Civil Veterinary Department Bihar & Orissa reports 1922-29 - 1922-1929
Year: 1922
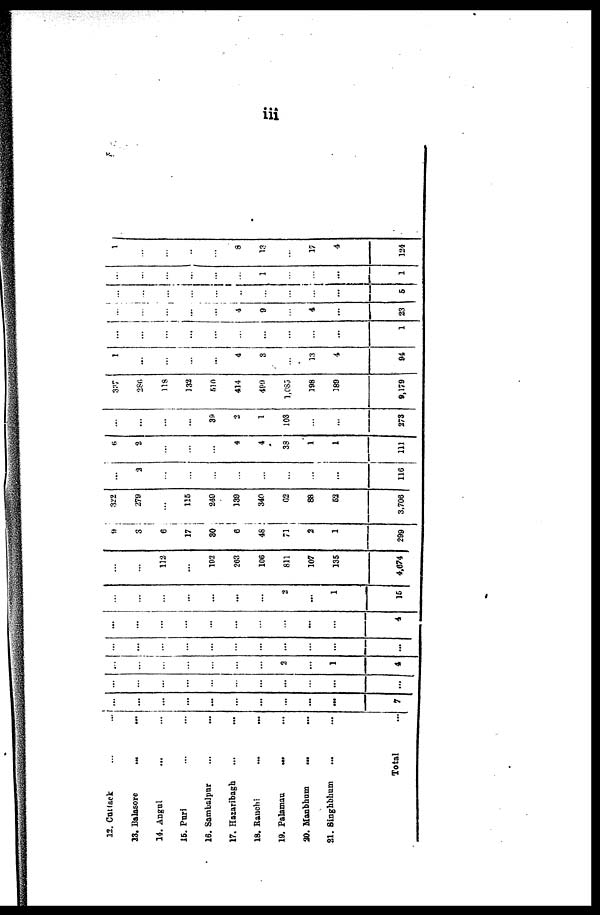
12. Cuttack
23,
Balasore
...
14. Angul
15. Puri
16. Sambalpur
17. Hazaribagh
18. Ranchi
19. Palamau
...
30. Manbhum
...
21. Singhbhum
Total
...
...
7
...
2
1
4
...
...
...
...
...
...
...
...
...
...
...
...
...
4
...
...
2
...
1
15
112
...
102
263
106
811
107
135
4,674
9
3
6
17
30
6
48
"1
2
1
299
322
279
115
249
139
340
G2
88
52
3.706
...
2
116
6
2
4
4
38
1
1
111
39
2
1
103
...
...
273
337
286
118
132
510
414
490
l,685
198
189
9,179
1
...
...
4
3
13
4
94
...
1
4
9
4
23
..
6
1
1
1
...
..
8
13
...
17
4
124